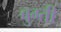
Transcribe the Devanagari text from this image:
बुग्ती